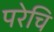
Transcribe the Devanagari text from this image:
परेचि